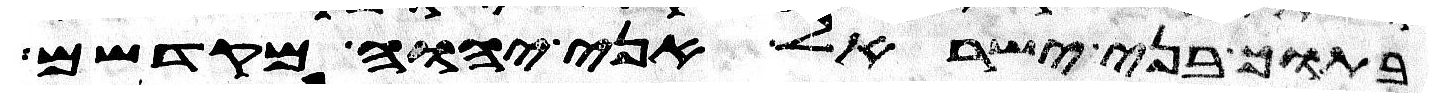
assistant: בתוך בני ישראל אני יהוה מקדשם